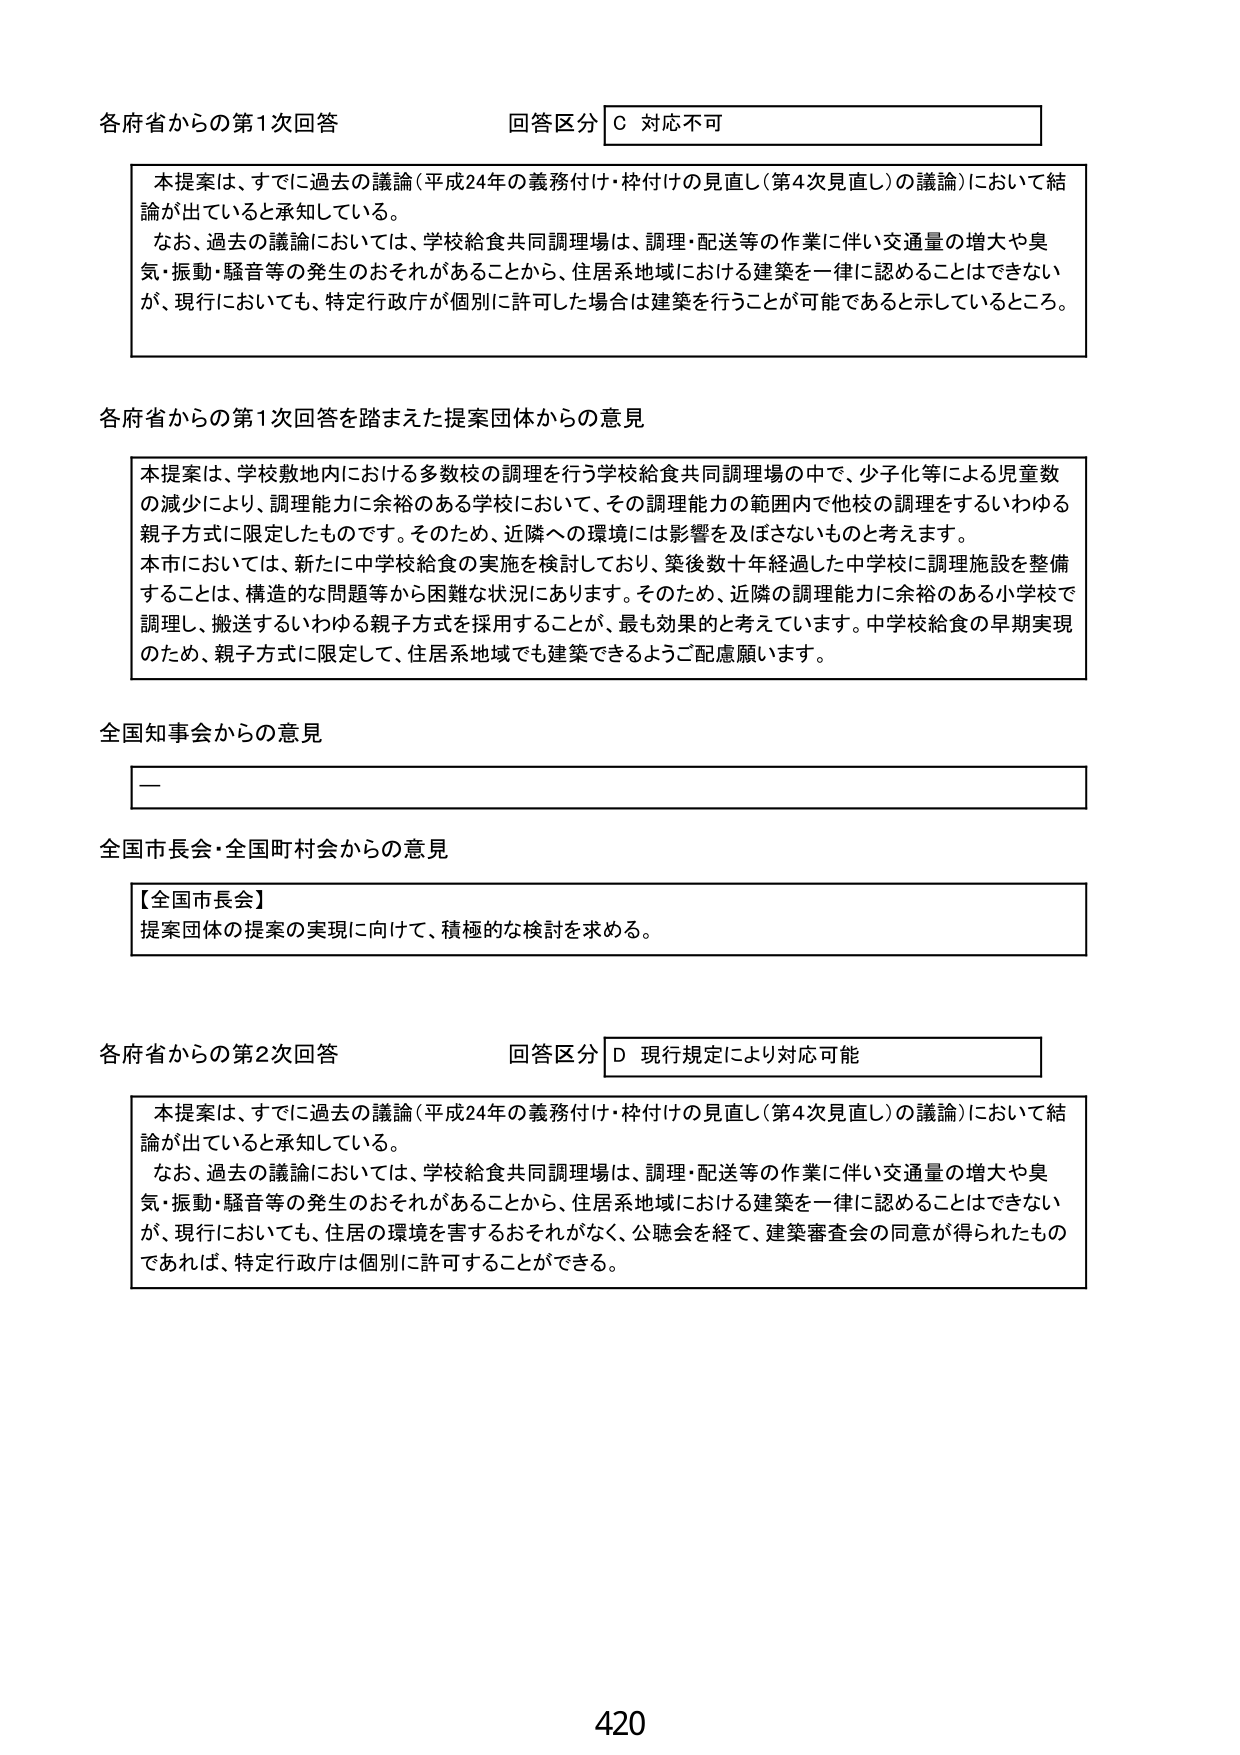
各府省からの第1次回答 回答区分 C 対応不可

本提案は、すでに過去の議論（平成24年の義務付け・枠付けの見直し（第4次見直し）の議論）において結論が出ていると承知している。
なお、過去の議論においては、学校給食共同調理場は、調理・配送等の作業に伴い交通量の増大や臭気・振動・騒音等の発生のおそれがあることから、住居系地域における建築を一律に認めることはできないが、現行においても、特定行政庁が個別に許可した場合は建築を行うことが可能であると示しているところ。

各府省からの第1次回答を踏まえた提案団体からの意見

本提案は、学校敷地内における多数校の調理を行う学校給食共同調理場の中で、少子化等による児童数の減少により、調理能力に余裕のある学校において、その調理能力の範囲内で他校の調理をするいわゆる親子方式に限定したものです。そのため、近隣への環境には影響を及ぼさないものと考えます。
本市においては、新たに中学校給食の実施を検討しており、築後数十年経過した中学校に調理施設を整備することは、構造的な問題等から困難な状況にあります。そのため、近隣の調理能力に余裕のある小学校で調理し、搬送するいわゆる親子方式を採用することが、最も効果的と考えています。中学校給食の早期実現のため、親子方式に限定して、住居系地域でも建築できるようご配慮願います。

全国知事会からの意見

—

全国市長会・全国町村会からの意見

【全国市長会】
提案団体の提案の実現に向けて、積極的な検討を求める。

各府省からの第2次回答 回答区分 D 現行規定により対応可能

本提案は、すでに過去の議論（平成24年の義務付け・枠付けの見直し（第4次見直し）の議論）において結論が出ていると承知している。
なお、過去の議論においては、学校給食共同調理場は、調理・配送等の作業に伴い交通量の増大や臭気・振動・騒音等の発生のおそれがあることから、住居系地域における建築を一律に認めることはできないが、現行においても、住居の環境を害するおそれがなく、公聴会を経て、建築審査会の同意が得られたものであれば、特定行政庁は個別に許可することができる。

420